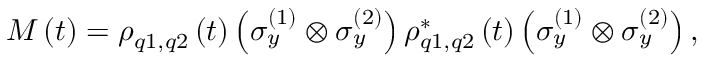
M \left( t \right) = \rho _ { q 1 , q 2 } \left( t \right) \left( \sigma _ { y } ^ { ( 1 ) } \otimes \sigma _ { y } ^ { ( 2 ) } \right) \rho _ { q 1 , q 2 } ^ { * } \left( t \right) \left( \sigma _ { y } ^ { ( 1 ) } \otimes \sigma _ { y } ^ { ( 2 ) } \right) ,